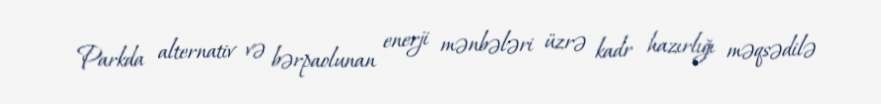
Parkda alternativ və bərpaolunan enerji mənbələri üzrə kadr hazırlığı məqsədilə